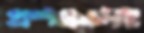
প্রশমনসহ